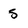
Character: S